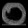
Digit: ၀